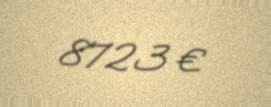
8723 €